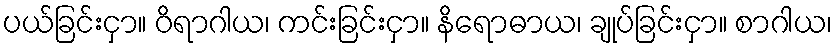
ပယ်ခြင်းငှာ။ ဝိရာဂါယ၊ ကင်းခြင်းငှာ။ နိရောဓာယ၊ ချုပ်ခြင်းငှာ။ စာဂါယ၊